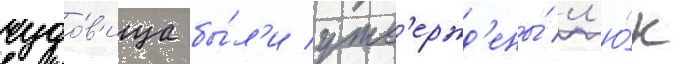
чудо́в'ища бы́л'и утв'ержд'ены́ л'ю́к